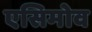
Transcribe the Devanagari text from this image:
एसिमोव